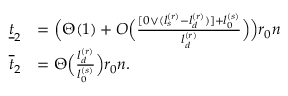
\begin{array} { r l } { \underline { { t } } _ { 2 } } & { = \Big ( \Theta ( 1 ) + O \Big ( \frac { [ 0 \vee ( l _ { s } ^ { ( r ) } - l _ { d } ^ { ( r ) } ) ] + l _ { 0 } ^ { ( s ) } } { l _ { d } ^ { ( r ) } } \Big ) \Big ) r _ { 0 } n } \\ { \overline { { t } } _ { 2 } } & { = \Theta \Big ( \frac { l _ { d } ^ { ( r ) } } { l _ { 0 } ^ { ( s ) } } \Big ) r _ { 0 } n . } \end{array}